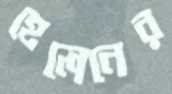
হেলেনের